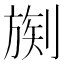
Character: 𪟒